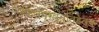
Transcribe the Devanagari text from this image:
विफलप्रवृत्तिहेतुक